Kihnu_vallavalitsus, lk 18
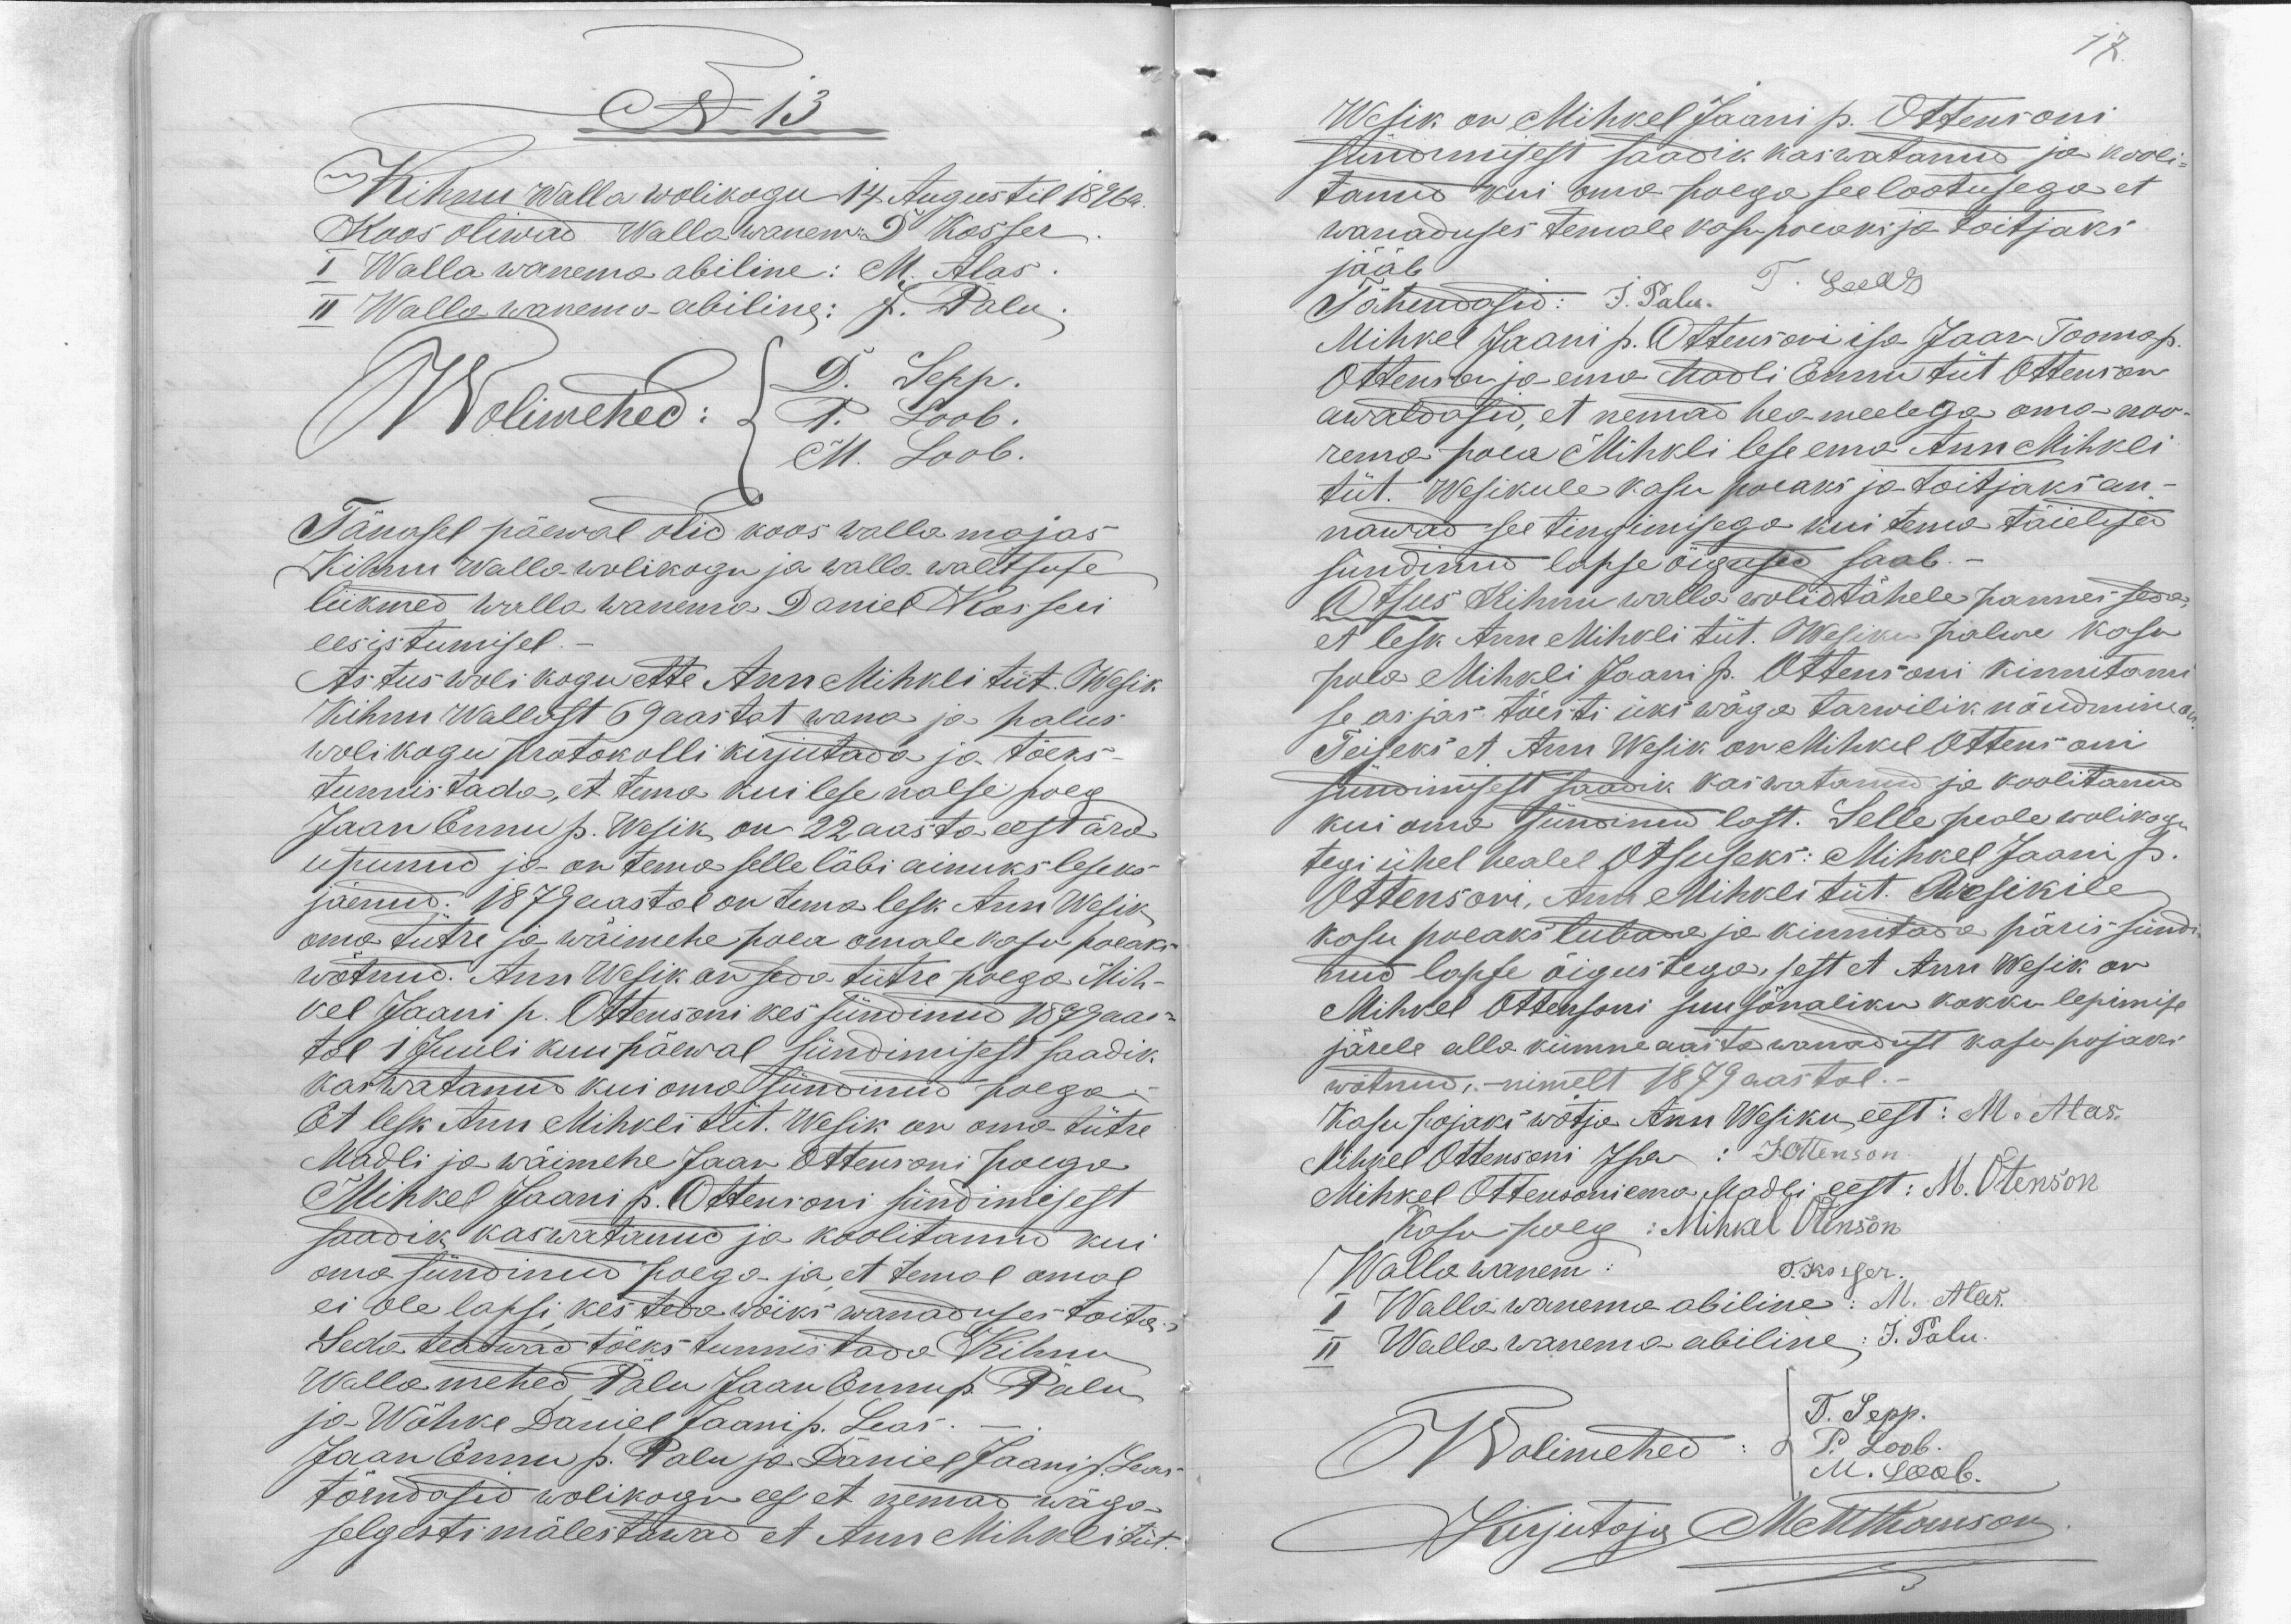
No 13
Kihnu walla wolikogu 14 Augustil 1896 a.
Koos oliwad Wallawanem. D. Kosser
I Walla wanema abiline: M. Alas.
II Walla wanema abiline: J. Palu.
Wolimehed:
D. Sepp.
P. Loob.
M. Loob.
Tänasel päewal olid koos walla majas
Kihnu Walla wolikogu ja walla walitsuse
liikmed walla wanema Daniel Kosseri
eesistumisel.
Astus woli kogu ette Ann Mihkli tüt. Wesik
Kihnu Wallast 69 aastat wana ja palus
wolikogu protokolli kirjutada ja tõeks-
tunnistada, et tema kui lese naese poeg
Jaan Ennu p. Wesik on 22 aasta eest ära
upunud ja on tema selle läbi ainuks leseks
jäenud. 1879 aastal on tema lesk Ann Wesik
oma tütre ja wäimehe poea omale kasu poeaks
wõtnud. Ann Wesik on seda tütre poega Mih-
kel Jaani p. Ottensoni kes sündinud 1879 aas-
tal 1 Juuli kuupäewal sündimisest saadik.
kaswatanud kui oma sündinud poega.
Et lesk Ann Mihkli tüt. Wesik on oma tütre
Madli ja wäimehe Jaan Ottensoni poega
Mihkel Jaani p. Ottensoni sündimisest
saadik kaswatanud ja koolitanud kui
oma sündinud poega ja et temal omal
ei ole lapsi, kes teda wõiks wanaduses toita.
Seda teadwad tõeks tunnistade Kihnu
Wallamehed Palu Jaan Ennu p. Palu
ja Wõhke Daniel Jaani p. Leas.
Jaan Ennu p. Palu ja Daniel Jaani p. Leas
tõendasid wolikogu ees et nemad wäga
selgesti mälestawad et Ann Mihkli tüt

17.

Wesik on Mihkel Jaani p. Ottensoni
sündimisest saadik kaswatanud ja kooli
tanud kui oma poega see lootusega et
wanaduses temale kasu poeaks ja toitjaks
jääb
Tähendasid: J. Palu.
T. Leeas
Mihkel Jaani p. Ottensoni isa Jaan Tooma p.
Ottenson ja ema Madli Ennu tüt Ottenson
awaldasid, et nemad hea meelega oma noo-
rema poea Mihkli lese ema Ann Mihkli
tüt. Wesikule kasu poeaks ja toitjaks an-
nawad see tingimisega kui tema täielised
sündinud lapse õigused saab.
Otsus Kihnu walla wolid tähele pannes seda,
et lesk Ann Mihkli tüt. Wesiku palwe kasu
poea Mihkli Jaani p. Ottensoni kinnitami
se asjas tõesti üks wäga tarwilik nõudmine on.
Teiseks et Ann Wesik on Mihkel Ottensoni
sündimisest saadik kaswatanud ja koolitanud
kui oma sündinud last. Selle peale wolikogu
tegi ühel healel Otsuseks: Mihkel Jaani p.
Ottensoni, Ann Mihkli tüt. Wesikile
kasu poeaks luband ja kinnitada päris sündi-
nud lapse õigustega, sest et Anu Wesik on
Mihkel Ottensoni suu sõnaliku kokku lepimise
järele alla kümne aasta wanadust kasu pojaks
wõtnud, - nimelt 1879 aastal.
Kasu pojaks wõtja Ann Wesiku eest: M. Alas.
Mihkel Ottensoni Isa: JOttenson.
Mihkel Ottensoni ema Madli eest: M. Otenson
Kasu poeg: Mihkel Otenson
Wallawanem: T. Kosser.
I Wallawanema abiline: M. Alas.
II Wallawanema abiline: J. Palu.
Wolimehed:
T. Sepp.
P. Loob.
M. Loob.
Kirjutaja Mart Thomson.